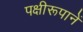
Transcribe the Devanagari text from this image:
पक्षीरूपानें